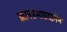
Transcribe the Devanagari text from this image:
ज्ञानप्रभाप्रदानेन